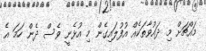
މައްޗަށް މި ދައުވާތަކެއް އުފުލައިގެން މި އުޅެނީ ވެސް ދެން ހަމަ އެ